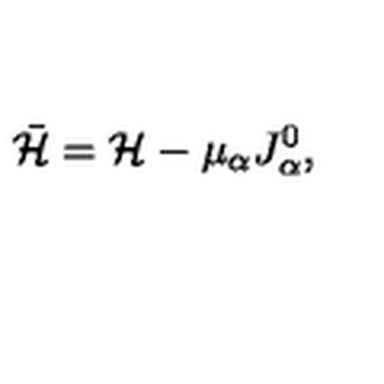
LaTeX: \bar { { \cal H } } = { \cal H } - \mu _ { \alpha } J _ { \alpha } ^ { 0 } ,